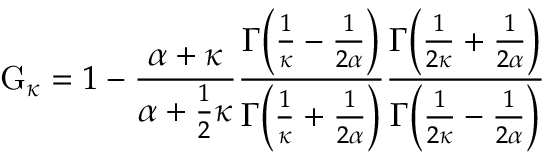
\operatorname { G } _ { \kappa } = 1 - { \frac { \alpha + \kappa } { \alpha + { \frac { 1 } { 2 } } \kappa } } { \frac { \Gamma { \Big ( } { \frac { 1 } { \kappa } } - { \frac { 1 } { 2 \alpha } } { \Big ) } } { \Gamma { \Big ( } { \frac { 1 } { \kappa } } + { \frac { 1 } { 2 \alpha } } { \Big ) } } } { \frac { \Gamma { \Big ( } { \frac { 1 } { 2 \kappa } } + { \frac { 1 } { 2 \alpha } } { \Big ) } } { \Gamma { \Big ( } { \frac { 1 } { 2 \kappa } } - { \frac { 1 } { 2 \alpha } } { \Big ) } } }